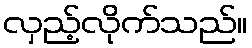
လှည့်လိုက်သည်။